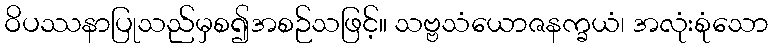
ဝိပဿနာပြုသည်မှစ၍အစဉ်သဖြင့်။ သဗ္ဗသံယောဇနက္ခယံ၊ အလုံးစုံသော